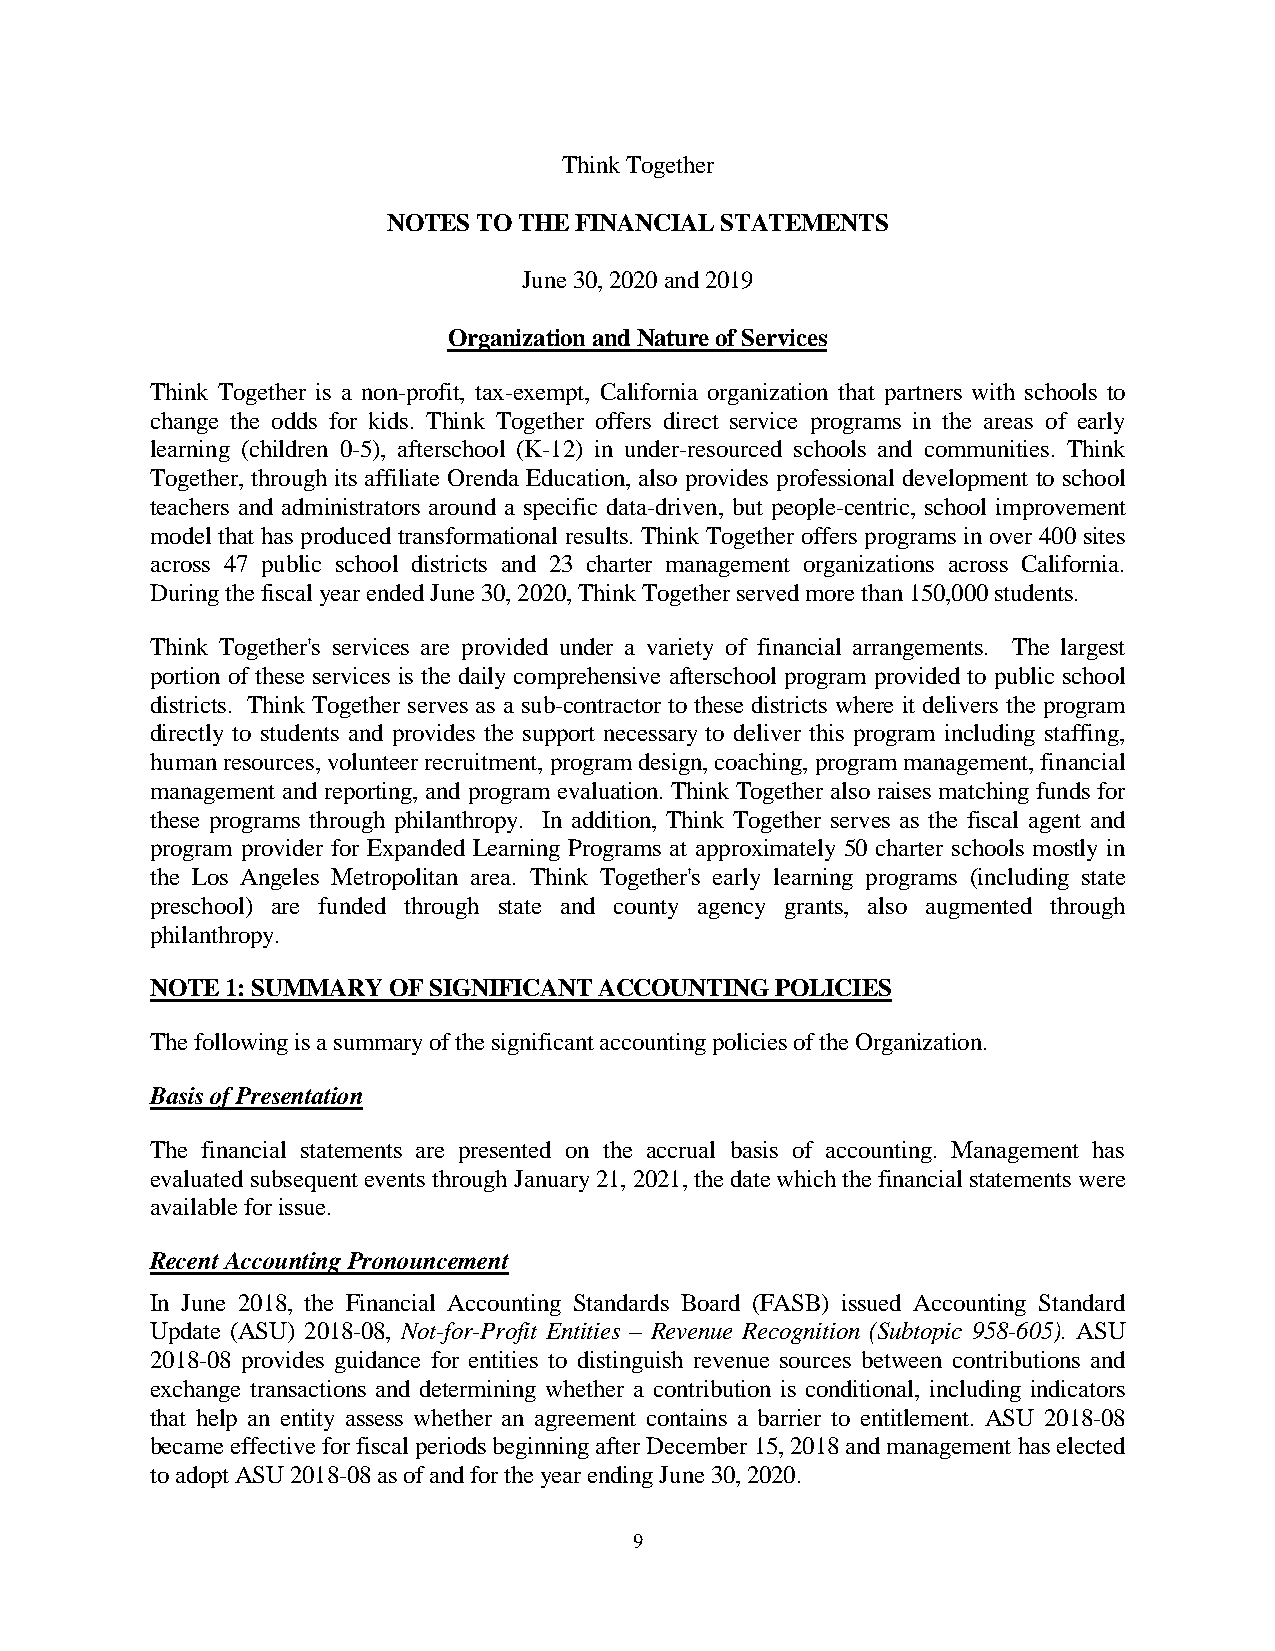
Think Together
 NOTES TO THE FINANCIAL STATEMENTS
 June 30, 2020 and 2019
 Organization and Nature of Services
 Think Together is a non-profit, tax-exempt, California organization that partners with schools to
 change the odds for kids. Think Together offers direct service programs in the areas of early
 learning (children 0-5), afterschool (K-12) in under-resourced schools and communities. Think
 Together, through its affiliate Orenda Education, also provides professional development to school
 teachers and administrators around a specific data-driven, but people-centric, school improvement
 model that has produced transformational results. Think Together offers programs in over 400 sites
 across 47 public school districts and 23 charter management organizations across California.
 During the fiscal year ended June 30, 2020, Think Together served more than 150,000 students.
 Think Together's services are provided under a variety of financial arrangements. The largest
 portion of these services is the daily comprehensive afterschool program provided to public school
 districts. Think Together serves as a sub-contractor to these districts where it delivers the program
 directly to students and provides the support necessary to deliver this program including staffing,
 human resources, volunteer recruitment, program design, coaching, program management, financial
 management and reporting, and program evaluation. Think Together also raises matching funds for
 these programs through philanthropy. In addition, Think Together serves as the fiscal agent and
 program provider for Expanded Learning Programs at approximately 50 charter schools mostly in
 the Los Angeles Metropolitan area. Think Together's early learning programs (including state
 preschool) are funded through state and county agency grants, also augmented through
 philanthropy.
 NOTE 1: SUMMARY OF SIGNIFICANT ACCOUNTING POLICIES
 The following is a summary of the significant accounting policies of the Organization.
 Basis of Presentation
 The financial statements are presented on the accrual basis of accounting. Management has
 evaluated subsequent events through January 21, 2021, the date which the financial statements were
 available for issue.
 Recent Accounting Pronouncement
 In June 2018, the Financial Accounting Standards Board (FASB) issued Accounting Standard
 Update (ASU) 2018-08, Not-for-Profit Entities – Revenue Recognition (Subtopic 958-605). ASU
 2018-08 provides guidance for entities to distinguish revenue sources between contributions and
 exchange transactions and determining whether a contribution is conditional, including indicators
 that help an entity assess whether an agreement contains a barrier to entitlement. ASU 2018-08
 became effective for fiscal periods beginning after December 15, 2018 and management has elected
 to adopt ASU 2018-08 as of and for the year ending June 30, 2020.
 9